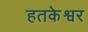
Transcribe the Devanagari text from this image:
हतकेश्वर